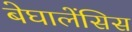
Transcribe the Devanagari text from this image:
बेघालेंसिस